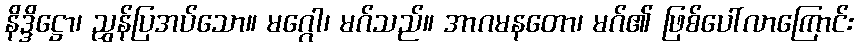
နိဒ္ဒိဋ္ဌော၊ ညွှန်ပြအပ်သော။ မဂ္ဂေါ၊ မဂ်သည်။ အာဂမနတော၊ မဂ်၏ ဖြစ်ပေါ်လာကြောင်း